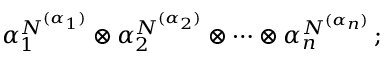
\alpha _ { 1 } ^ { N ^ { ( \alpha _ { 1 } ) } } \otimes \alpha _ { 2 } ^ { N ^ { ( \alpha _ { 2 } ) } } \otimes \cdots \otimes \alpha _ { n } ^ { N ^ { ( \alpha _ { n } ) } } \, ;